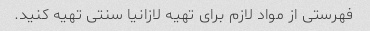
فهرستی از مواد لازم برای تهیه لازانیا سنتی تهیه کنید.